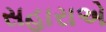
સહારાએ